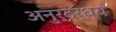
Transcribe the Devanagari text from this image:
अनुर्दर्ध्य